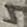
Text: 4